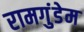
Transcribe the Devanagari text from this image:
रामगुंडेम